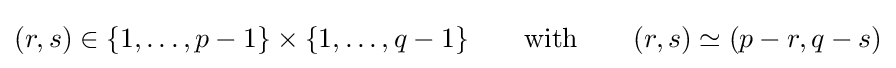
(r,s)\in \{1,\ldots ,p-1\}\times \{1,\ldots ,q-1\}\qquad {\text{with}}\qquad (r,s)\simeq (p-r,q-s)